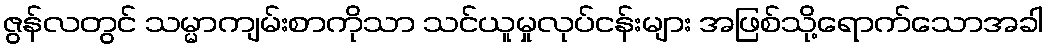
ဇွန်လတွင် သမ္မာကျမ်းစာကိုသာ သင်ယူမှုလုပ်ငန်းများ အဖြစ်သို့ရောက်သောအခါ